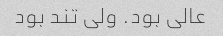
عالی بود. ولی تند بود